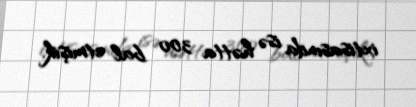
ixtisasında isə hətta 300 bal etmişik.